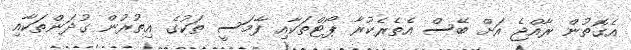
އެގޮތުން ރާއްޖެ އަށް ބޭސް އެތެރެކުރާ ޕޯޓްތަކާއި ފާމަސީ ތަކުގެ އިތުރުން ގުދަންތަކާއި